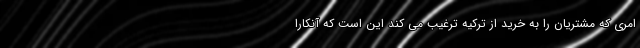
امری که مشتریان را به خرید از ترکیه ترغیب می کند این است که آنکارا